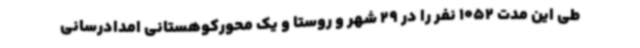
طی این مدت 1052 نفر را در 29 شهر و روستا و یک محورکوهستانی امدادرسانی